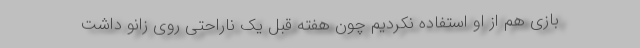
بازی هم از او استفاده نکردیم چون هفته قبل یک ناراحتی روی زانو داشت